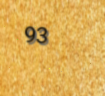
93